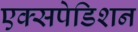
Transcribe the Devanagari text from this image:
एक्सपेडिशन